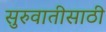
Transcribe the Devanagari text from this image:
सुरुवातीसाठी